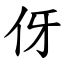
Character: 伢